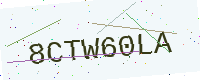
Text: 8CTW60LA